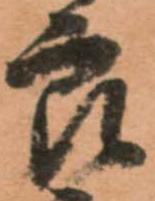
良